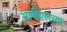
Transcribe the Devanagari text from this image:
आपीएलच्या